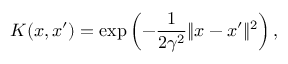
K ( x , x ^ { \prime } ) = \exp \left( - \frac { 1 } { 2 \gamma ^ { 2 } } \| x - x ^ { \prime } \| ^ { 2 } \right) ,